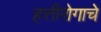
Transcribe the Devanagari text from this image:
हत्तीरोगाचे